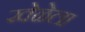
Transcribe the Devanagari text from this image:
खेळेला